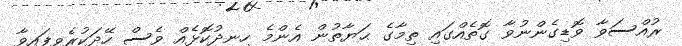
ރުއްސަވާ ވޮޑިގެންނުވާ ގޮތެއްގައި ތިމާގެ ޙަޔާތުން އެންމެ ހިނދުކޮޅެއް ވެސް ހޭދަކުރެވިފައިވާ